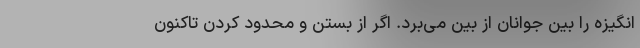
انگیزه را بین جوانان از بین می‌برد. اگر از بستن و محدود کردن تاکنون